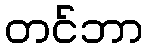
တင်ဘာ